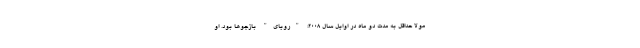
مولا حداقل به مدت دو ماه در اوایل سال 2008؛ "رویای" بازجوها بود. او